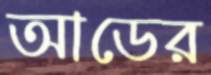
আডের